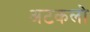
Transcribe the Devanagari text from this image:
अटकलो